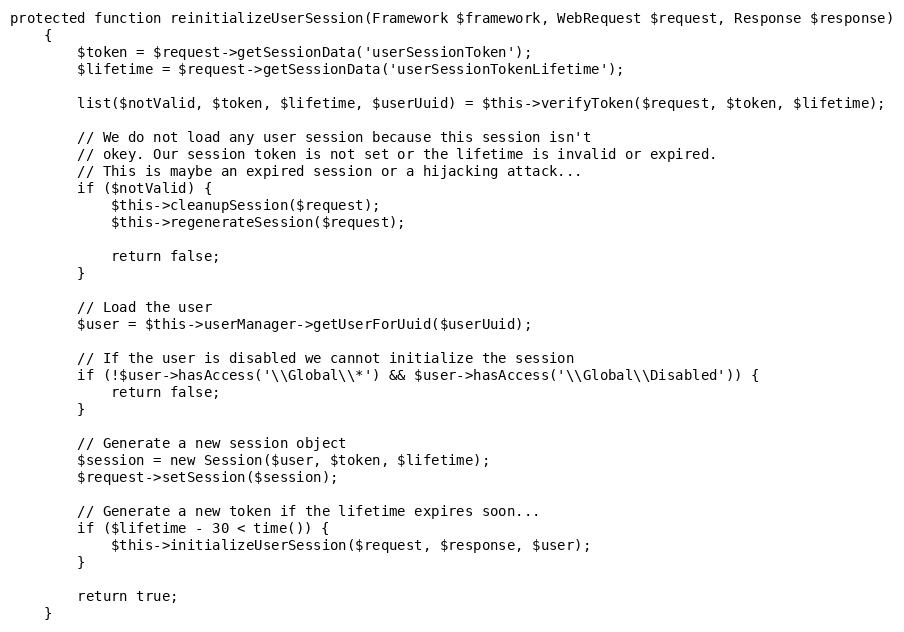
Language: PHP
protected function reinitializeUserSession(Framework $framework, WebRequest $request, Response $response)
    {
        $token = $request->getSessionData('userSessionToken');
        $lifetime = $request->getSessionData('userSessionTokenLifetime');

        list($notValid, $token, $lifetime, $userUuid) = $this->verifyToken($request, $token, $lifetime);

        // We do not load any user session because this session isn't
        // okey. Our session token is not set or the lifetime is invalid or expired.
        // This is maybe an expired session or a hijacking attack...
        if ($notValid) {
            $this->cleanupSession($request);
            $this->regenerateSession($request);

            return false;
        }

        // Load the user
        $user = $this->userManager->getUserForUuid($userUuid);

        // If the user is disabled we cannot initialize the session
        if (!$user->hasAccess('\\Global\\*') && $user->hasAccess('\\Global\\Disabled')) {
            return false;
        }

        // Generate a new session object
        $session = new Session($user, $token, $lifetime);
        $request->setSession($session);

        // Generate a new token if the lifetime expires soon...
        if ($lifetime - 30 < time()) {
            $this->initializeUserSession($request, $response, $user);
        }

        return true;
    }